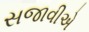
સજાવીએ